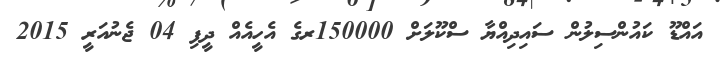
އައްޑޫ ކައުންސިލުން ސައިދިއްޔާ ސްކޫލަށް 150000ރގެ އެހީއެއް ދީފި 04 ޖެނުއަރީ 2015